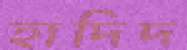
হাদিদ